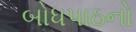
બોધપાઠનો